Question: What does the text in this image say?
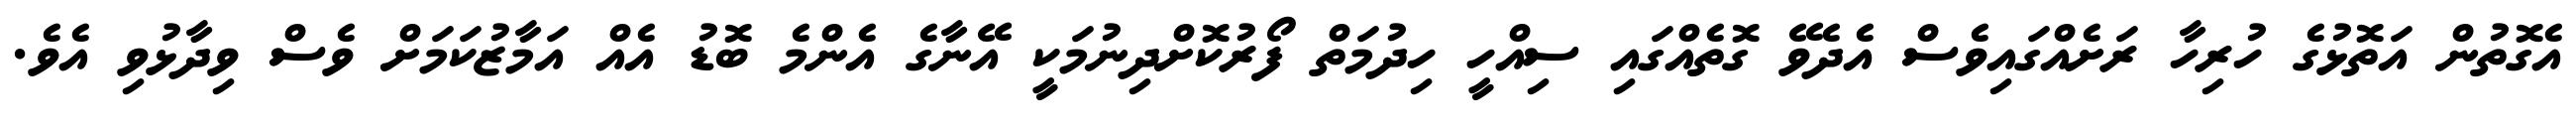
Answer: އެގޮތުން އަތޮޅުގެ ހުރިހާ ރަށެއްގައިވެސް އެދެވޭ ގޮތެއްގައި ސިއްހީ ހިދުމަތް ފޯރުކޮށްދިނުމަކީ އޭނާގެ އެންމެ ބޮޑު އެއް އަމާޒުކަމަށް ވެސް ވިދާޅުވި އެވެ.